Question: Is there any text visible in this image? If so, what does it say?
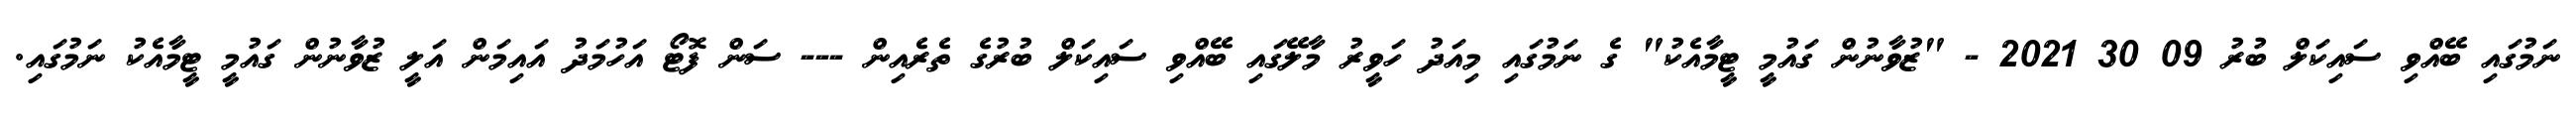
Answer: ނަމުގައި ބޭއްވި ސައިކަލް ބުރު 09 30 2021 - "ޒުވާނުން ގައުމީ ޓީމާއެކު" ގެ ނަމުގައި މިއަދު ހަވީރު މާލޭގައި ބޭއްވި ސައިކަލް ބުރުގެ ތެރެއިން --- ސަން ފޮޓޯ އަހުމަދު އައިމަން އަލީ ޒުވާނުން ގައުމީ ޓީމާއެކު ނަމުގައި.